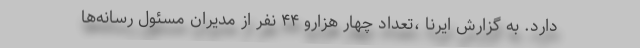
دارد. به گزارش ایرنا ،تعداد چهار هزارو ۴۴ نفر از مدیران مسئول رسانه‌ها